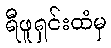
ရီဖူရှင်းထံမှ